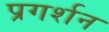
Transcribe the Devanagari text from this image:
प्रगर्शन